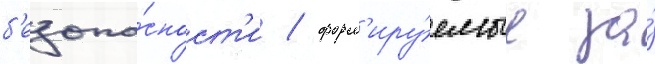
б'езопа́сност'и / форм'иру́емые за́